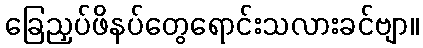
ခြေညှပ်ဖိနပ်တွေရောင်းသလားခင်ဗျာ။